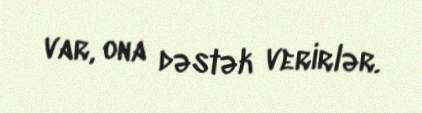
var, ona dəstək verirlər.